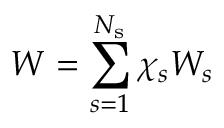
W = \sum _ { s = 1 } ^ { N _ { \mathrm { s } } } \chi _ { s } W _ { s }